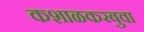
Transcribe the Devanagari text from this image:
कशाळकरबुवा